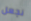
نجعل